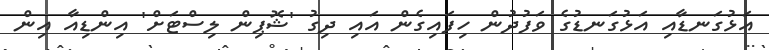
އަޅުގަނޑާއި އަޅުގަނޑުގެ ވަފުދުން ހިފައިގެން އައި ދިގު 'ޝޮޕިން ލިސްޓަށް' އިންޑިއާ އިން